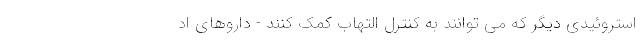
استروئیدی دیگر که می توانند به کنترل التهاب کمک کنند - داروهای اد